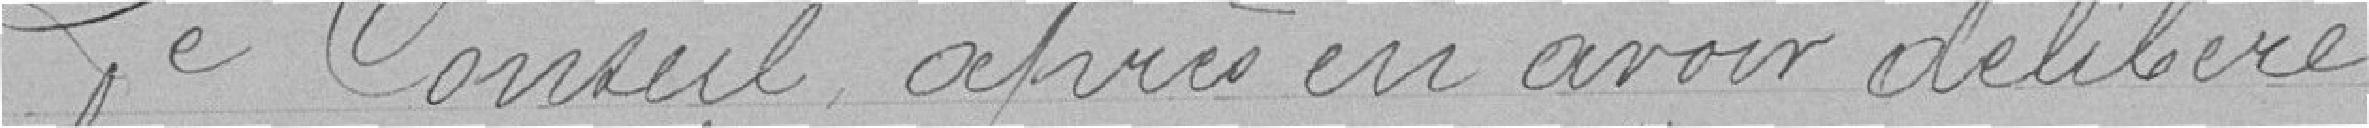
Le Conseil après en avoir délibéré,